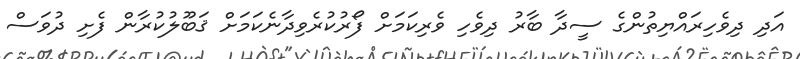
އަދި ދިވެހިރައްޔިތުންގެ ސީދާ ބާރު ދިވެހި ވެރިކަމަށް ފޯރުކުރެވިދާނެކަމަށް ޤަބޫލުކުރާން ފެށި ދުވަސް